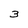
Character: 3